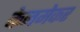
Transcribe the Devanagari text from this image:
केनमेकर